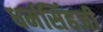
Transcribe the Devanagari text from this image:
धर्मसिंहजी